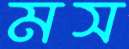
মস